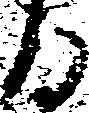
る